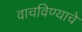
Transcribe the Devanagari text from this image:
वाचविण्याचे